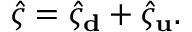
\hat { \varsigma } = \hat { \varsigma } _ { \bf d } + \hat { \varsigma } _ { \bf u } .